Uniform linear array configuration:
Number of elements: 24
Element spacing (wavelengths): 1
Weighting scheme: hamming
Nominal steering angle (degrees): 0
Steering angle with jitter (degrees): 0.5018
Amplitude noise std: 0.05
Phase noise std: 0.05

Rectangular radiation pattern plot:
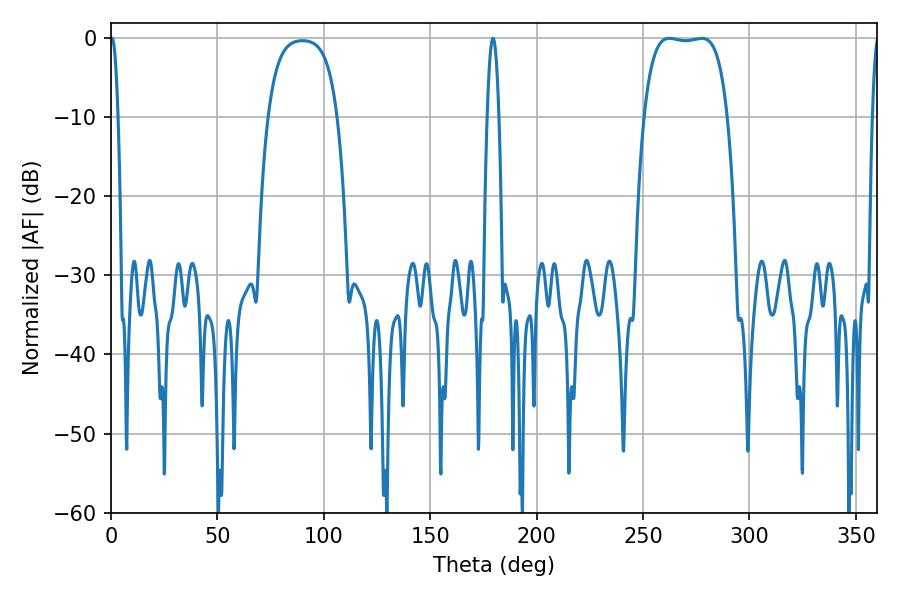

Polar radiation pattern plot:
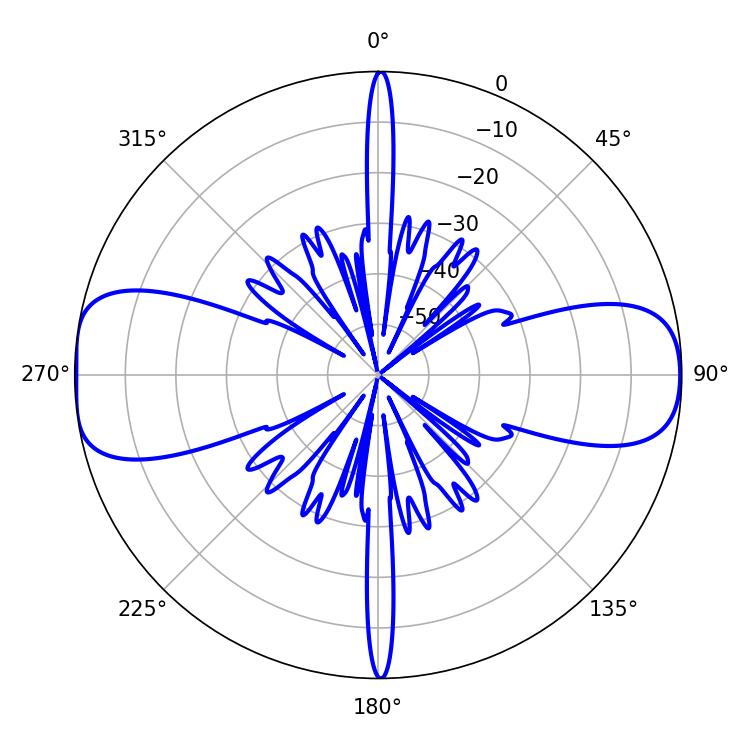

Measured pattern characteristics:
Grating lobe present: TRUE
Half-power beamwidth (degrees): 30.96
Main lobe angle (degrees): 262.44